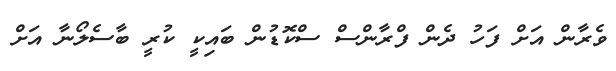
ވެރާން އަށް ފަހު ދެން ފްރާންސް ސްކޮޑުން ބައިކީ ކުރީ ބާސެލޯނާ އަށް